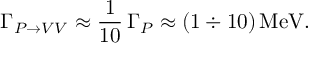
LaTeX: \Gamma _ { P \rightarrow V V } \approx { \frac { 1 } { 1 0 } } \, \Gamma _ { P } \approx ( 1 \div 1 0 ) \, \mathrm { M e V } .